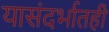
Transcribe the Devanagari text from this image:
यासंदर्भातही